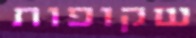
שקופות